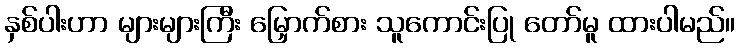
နှစ်ပါးဟာ များများကြီး မြှောက်စား သူကောင်းပြု တော်မူ ထားပါမည်။